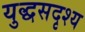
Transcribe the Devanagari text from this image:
युद्धसदृश्य